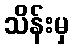
သိန်းမှ